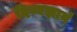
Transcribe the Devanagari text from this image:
दिव्यज्ञानं